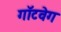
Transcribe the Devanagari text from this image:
गॉटवेग